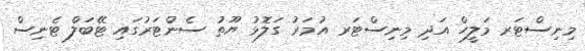
މިނިސްޓަރ މަލީހް އަދި މިނިސްޓަރ އުމަރު ގަލޮޅު ޔޫތު ސެންޓަރުގައި ޓޭބަލް ޓެނިސް